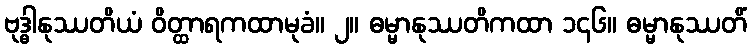
ဗုဒ္ဓါနုဿတိယံ ဝိတ္ထာရကထာမုခံ။ ၂။ ဓမ္မာနုဿတိကထာ ၁၄၆။ ဓမ္မာနုဿတိံ